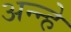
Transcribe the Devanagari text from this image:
अन्न्हे